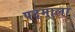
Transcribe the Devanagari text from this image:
पदमाला